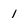
Character: 1